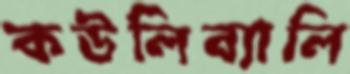
কউলিব্যালি